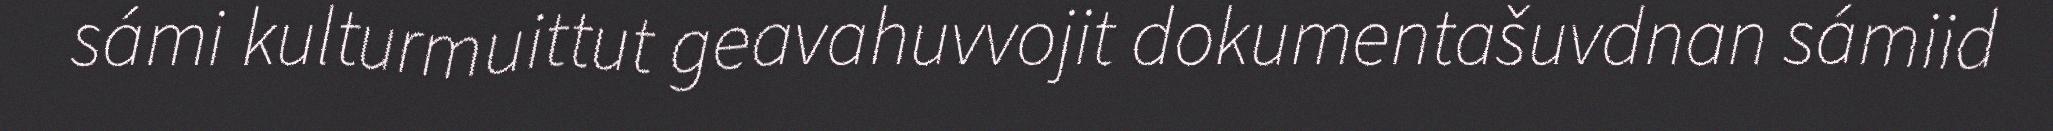
sámi kulturmuittut geavahuvvojit dokumentašuvdnan sámiid